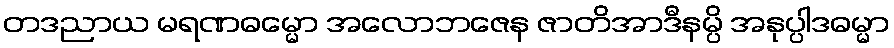
တဒညာယ မရဏဓမ္မော အလောဘဇေန ဇာတိအာဒီနမ္ပိ အနုပ္ပါဒဓမ္မာ